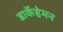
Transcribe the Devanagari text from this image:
डार्केहेमन